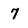
Character: 7